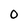
Character: 0